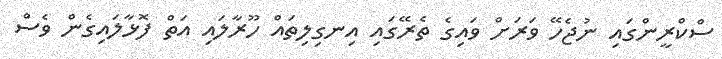
ސްކްރީންގައި ނުޖެހޭ ވަރަށް ވައިގެ ތެރޭގައި އިނގިލިތައް ހޫރާލައި އަތް ފޮޅާލައިގެން ވެސް